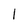
Character: I